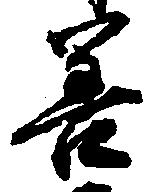
善